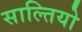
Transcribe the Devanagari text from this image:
साल्तियो